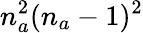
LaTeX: n_{a}^{2}(n_{a}-1)^{2}